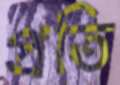
প্রতি